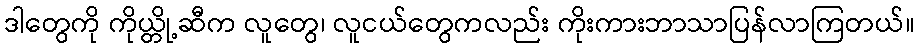
ဒါတွေကို ကိုယ္တို့ဆီက လူတွေ၊ လူငယ်တွေကလည်း ကိုးကားဘာသာပြန်လာကြတယ်။